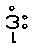
ဒုံး